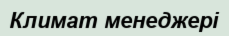
Климат менеджері